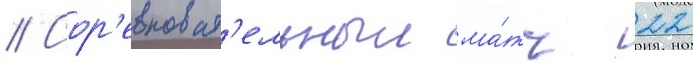
// Сор'евноват'ельныи ма́тч 22